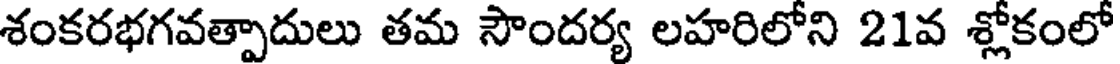
శంకరభగవత్పాదులు తమ సౌందర్య లహరిలోని 21వ శ్లోకంలో